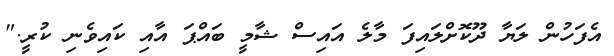
އެފަހުން ލަޔާ ދޫކޮށްލައިފަ މާލެ އައިސް ޝާމީ ބައްޕަ އާއި ކައިވެނި ކުރީ."